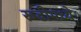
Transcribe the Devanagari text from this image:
रूढीमध्ये